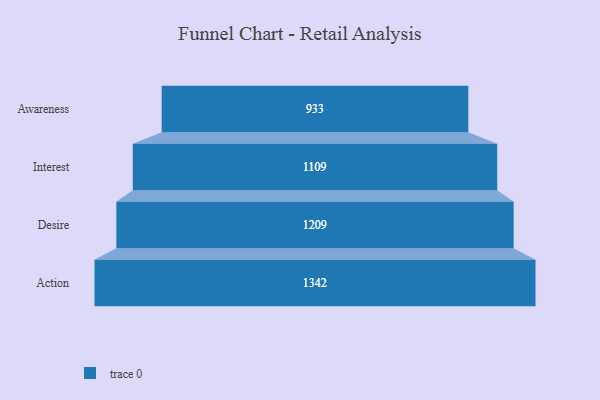
{"axis": {"x": "Stage", "y": "Value"}, "legend": [""], "data": [{"x": "Awareness", "y": 933.0, "type": ""}, {"x": "Interest", "y": 1109.0, "type": ""}, {"x": "Desire", "y": 1209.0, "type": ""}, {"x": "Action", "y": 1342.0, "type": ""}]}